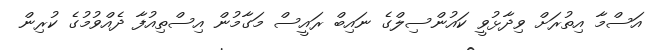
އަސްމާ އިތުރަށް ވިދާޅުވީ ކައުންސިލްގެ ނައިބް ރައީސް މަގާމުން އިސްތިއުފާ ދެއްވުމުގެ ކުރިން